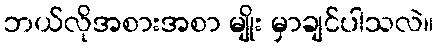
ဘယ်လိုအစားအစာ မျိုး မှာချင်ပါသလဲ။